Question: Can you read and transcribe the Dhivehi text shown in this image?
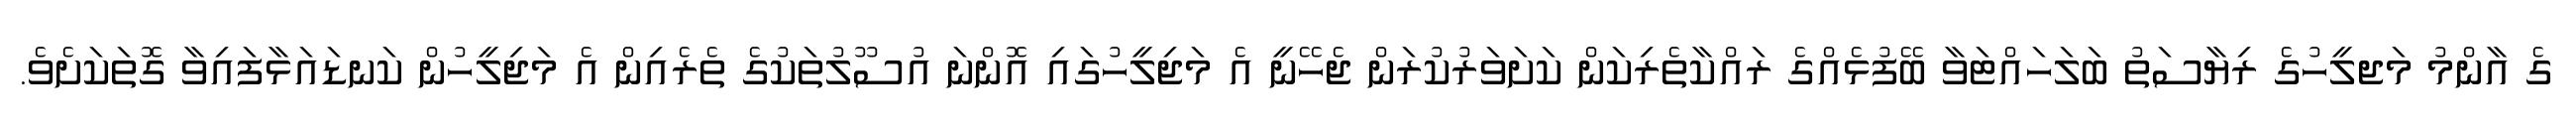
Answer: ގެ އާންމު މަޖލީހުގެ ރިޔާސަތު ބަލަހައްޓަވާ ބޭފުޅެއްގެ ރައްކާތެރިކަން ކަށަވަރުކުރަން ޖެހޭނީ އެ މަޖިލީހުގައި އޮންނަ އުސޫލުތަކުގެ ތެރެއިން އެ މަޖިލީހުން ކަނޑައަޅާފައިވާ ގޮތަކަށެވެ.